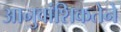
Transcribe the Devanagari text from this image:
आनुवांशिकतेने